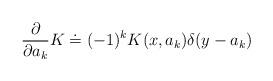
LaTeX: \begin{align*}{\partial\over\partial a_k} K\doteq (-1)^k K(x,a_k)\delta(y-a_k)\end{align*}